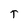
Character: T